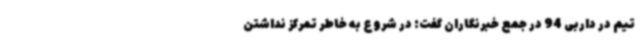
تیم در داربی 94 در جمع خبرنگاران گفت: در شروع به خاطر تمرکز نداشتن